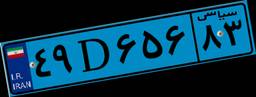
۴۹D۶۵۶۸۳